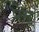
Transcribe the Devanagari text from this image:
प्रेम्